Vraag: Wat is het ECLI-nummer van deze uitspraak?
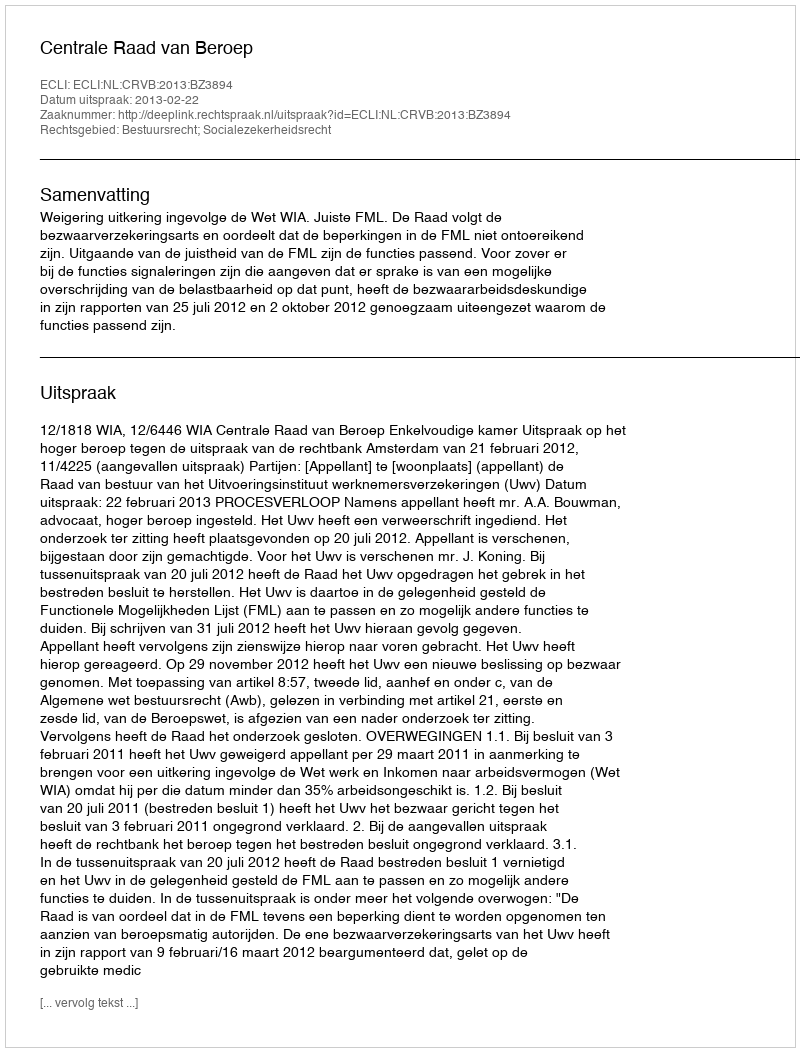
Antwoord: ECLI:NL:CRVB:2013:BZ3894